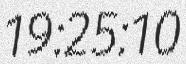
19:25:10